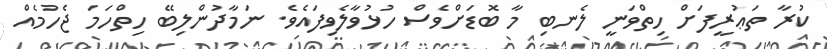
ކުރާ ތަޢުރީފަށް ހިތްވަނީ ލެނބި މާ ބޮޑަށްވެސް ހުޅުވާލެވިފައެވެ. ނަމާދުންލިބޭ ހިތްހަމަ ޖެހުމެއް